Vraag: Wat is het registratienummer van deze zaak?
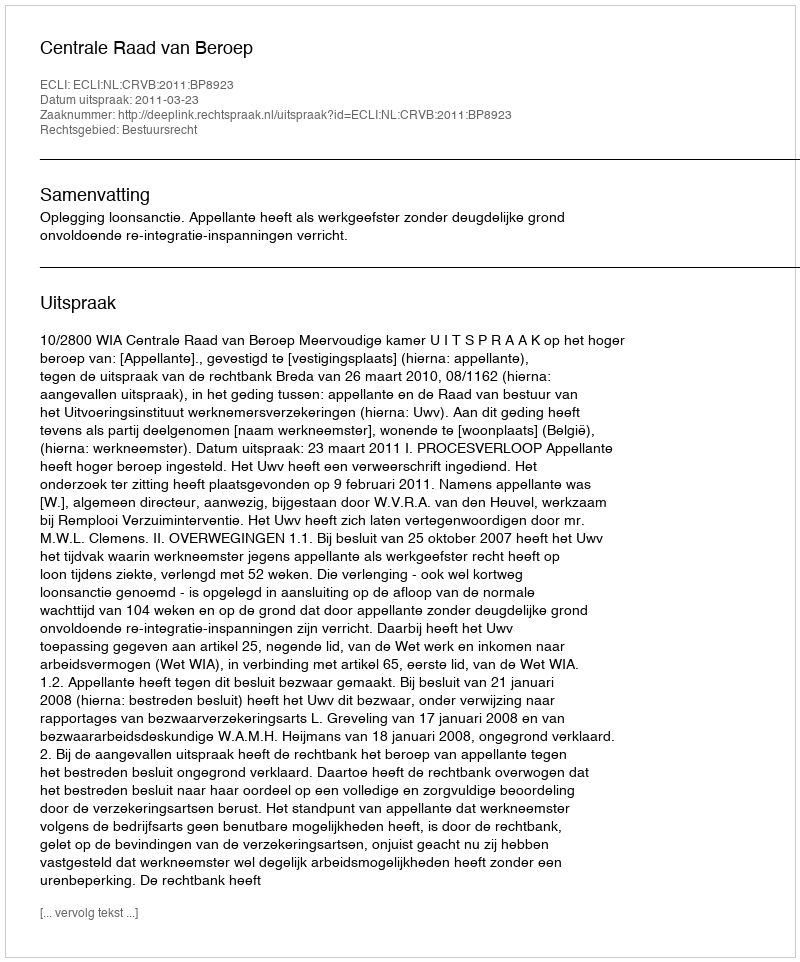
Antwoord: http://deeplink.rechtspraak.nl/uitspraak?id=ECLI:NL:CRVB:2011:BP8923